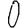
Digit: 0